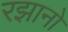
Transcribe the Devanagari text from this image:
रझानो